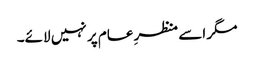
مگر اسے منظرِ عام پر نہیں لائے۔